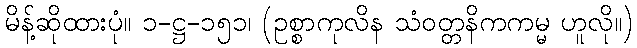
မိန့်ဆိုထားပုံ။ ၁-ဋ္ဌ-၁၅၁၊ (ဥစ္စာကုလိန သံဝတ္တနိကကမ္မ ဟူလို။)